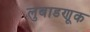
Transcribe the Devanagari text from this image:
लुबाडणूक